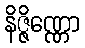
နိဇ္ဇိဏ္ဏော